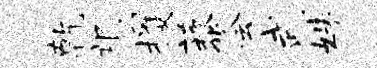
乾氓攫藜会武姝